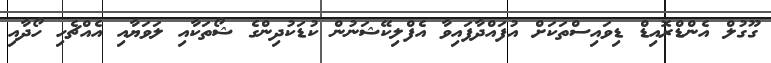
ގޫގުލް އެންޑްރޮއިޑް ޑިވައިސްތަކަށް އުފައްދާފައިވާ އެފްލިކޭޝަނުން ކުޑަކުދިންގެ ޝޯތަކާއި ލަވަޔާއި އެއްޗެހި ހޯދާއި